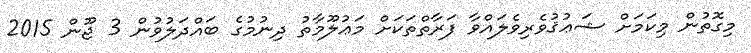
މިގޮތުން މިކަމަށް ޝަޢުޤުވެރިވެލައްވާ ފަރާތްތަކަށް މަޢުލޫމާތު ދިނުމުގެ ބައްދަލުވުން 3 ޖޫން 2015